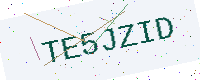
Text: TE5JZID